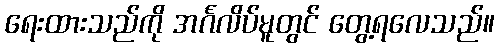
ရေးထားသည်ကို အင်္ဂလိပ်မူတွင် တွေ့ရလေသည်။